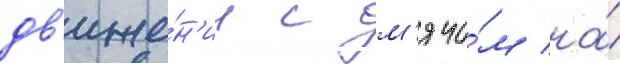
дв'иже́н'ии с м'ячо́м на́